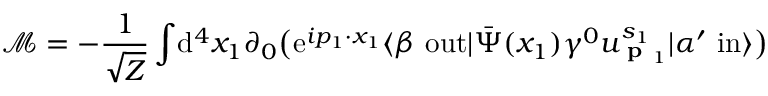
{ \mathcal { M } } = - { \frac { 1 } { \sqrt { Z } } } \int \! \mathrm { d } ^ { 4 } x _ { 1 } \partial _ { 0 } { \big ( } \mathrm { e } ^ { i p _ { 1 } \cdot x _ { 1 } } \langle \beta \ \mathrm { o u t } | { \bar { \Psi } } ( x _ { 1 } ) \gamma ^ { 0 } u _ { { \textbf { p } } _ { 1 } } ^ { s _ { 1 } } | \alpha ^ { \prime } \ \mathrm { i n } \rangle { \big ) }